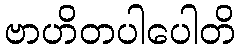
ဗာဟိတပါပေါတိ